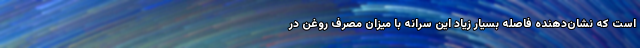
است که نشان‌دهنده فاصله بسیار زیاد این سرانه با میزان مصرف روغن در